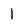
Character: 1